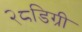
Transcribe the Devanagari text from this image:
२८डिग्री